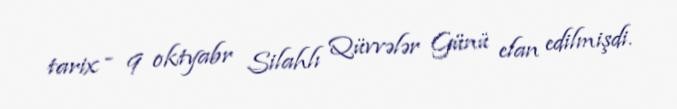
tarix - 9 oktyabr Silahlı Qüvvələr Günü elan edilmişdi.